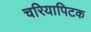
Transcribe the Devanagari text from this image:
चरियापिटक